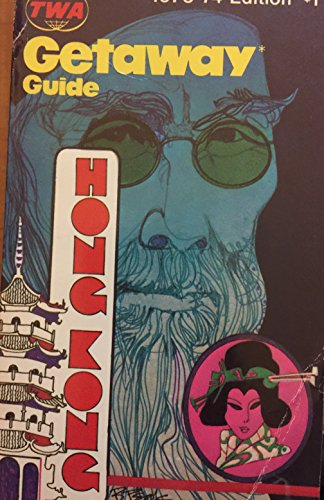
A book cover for TWA getaway guide to Hong Kong: Plus Macao, Taiwan and Guam; Ralph H Peck; Travel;